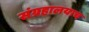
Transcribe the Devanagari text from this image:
संग्रहालयाच